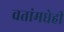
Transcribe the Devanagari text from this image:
व्रतांमधेही